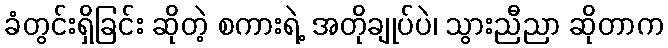
ခံတွင်းရှိခြင်း ဆိုတဲ့ စကားရဲ့ အတိုချုပ်ပဲ၊ သွားညီညာ ဆိုတာက